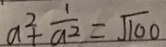
a ^ { 2 } + \frac { 1 } { a ^ { 2 } } = \sqrt { 1 0 0 }